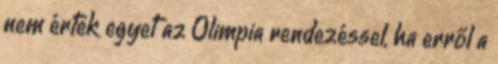
nem értek egyet az Olimpia rendezéssel, ha erről a